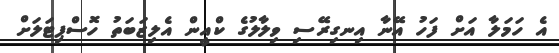
އެ ހަމަލާ އަށް ފަހު އޭނާ އިނގިރޭސި ވިލާލުގެ ކްއީން އެލިޒަބަތު ހޮސްޕިޓަލަށް